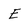
Character: E